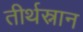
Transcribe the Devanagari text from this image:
तीर्थस्नान